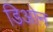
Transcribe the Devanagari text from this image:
डिओन